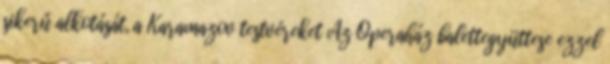
sikerű alkotását, a Karamazov testvéreket Az Operaház balettegyüttese ezzel